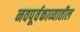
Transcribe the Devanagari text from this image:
नवपूर्वकाव्यातील